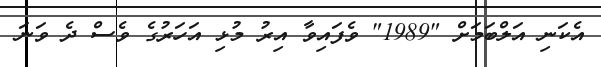
އެކަނި އަލްބަމަށް "1989" ވެފައިވާ އިރު މުޅި އަހަރުގެ ވެސް ދެ ވަނަ